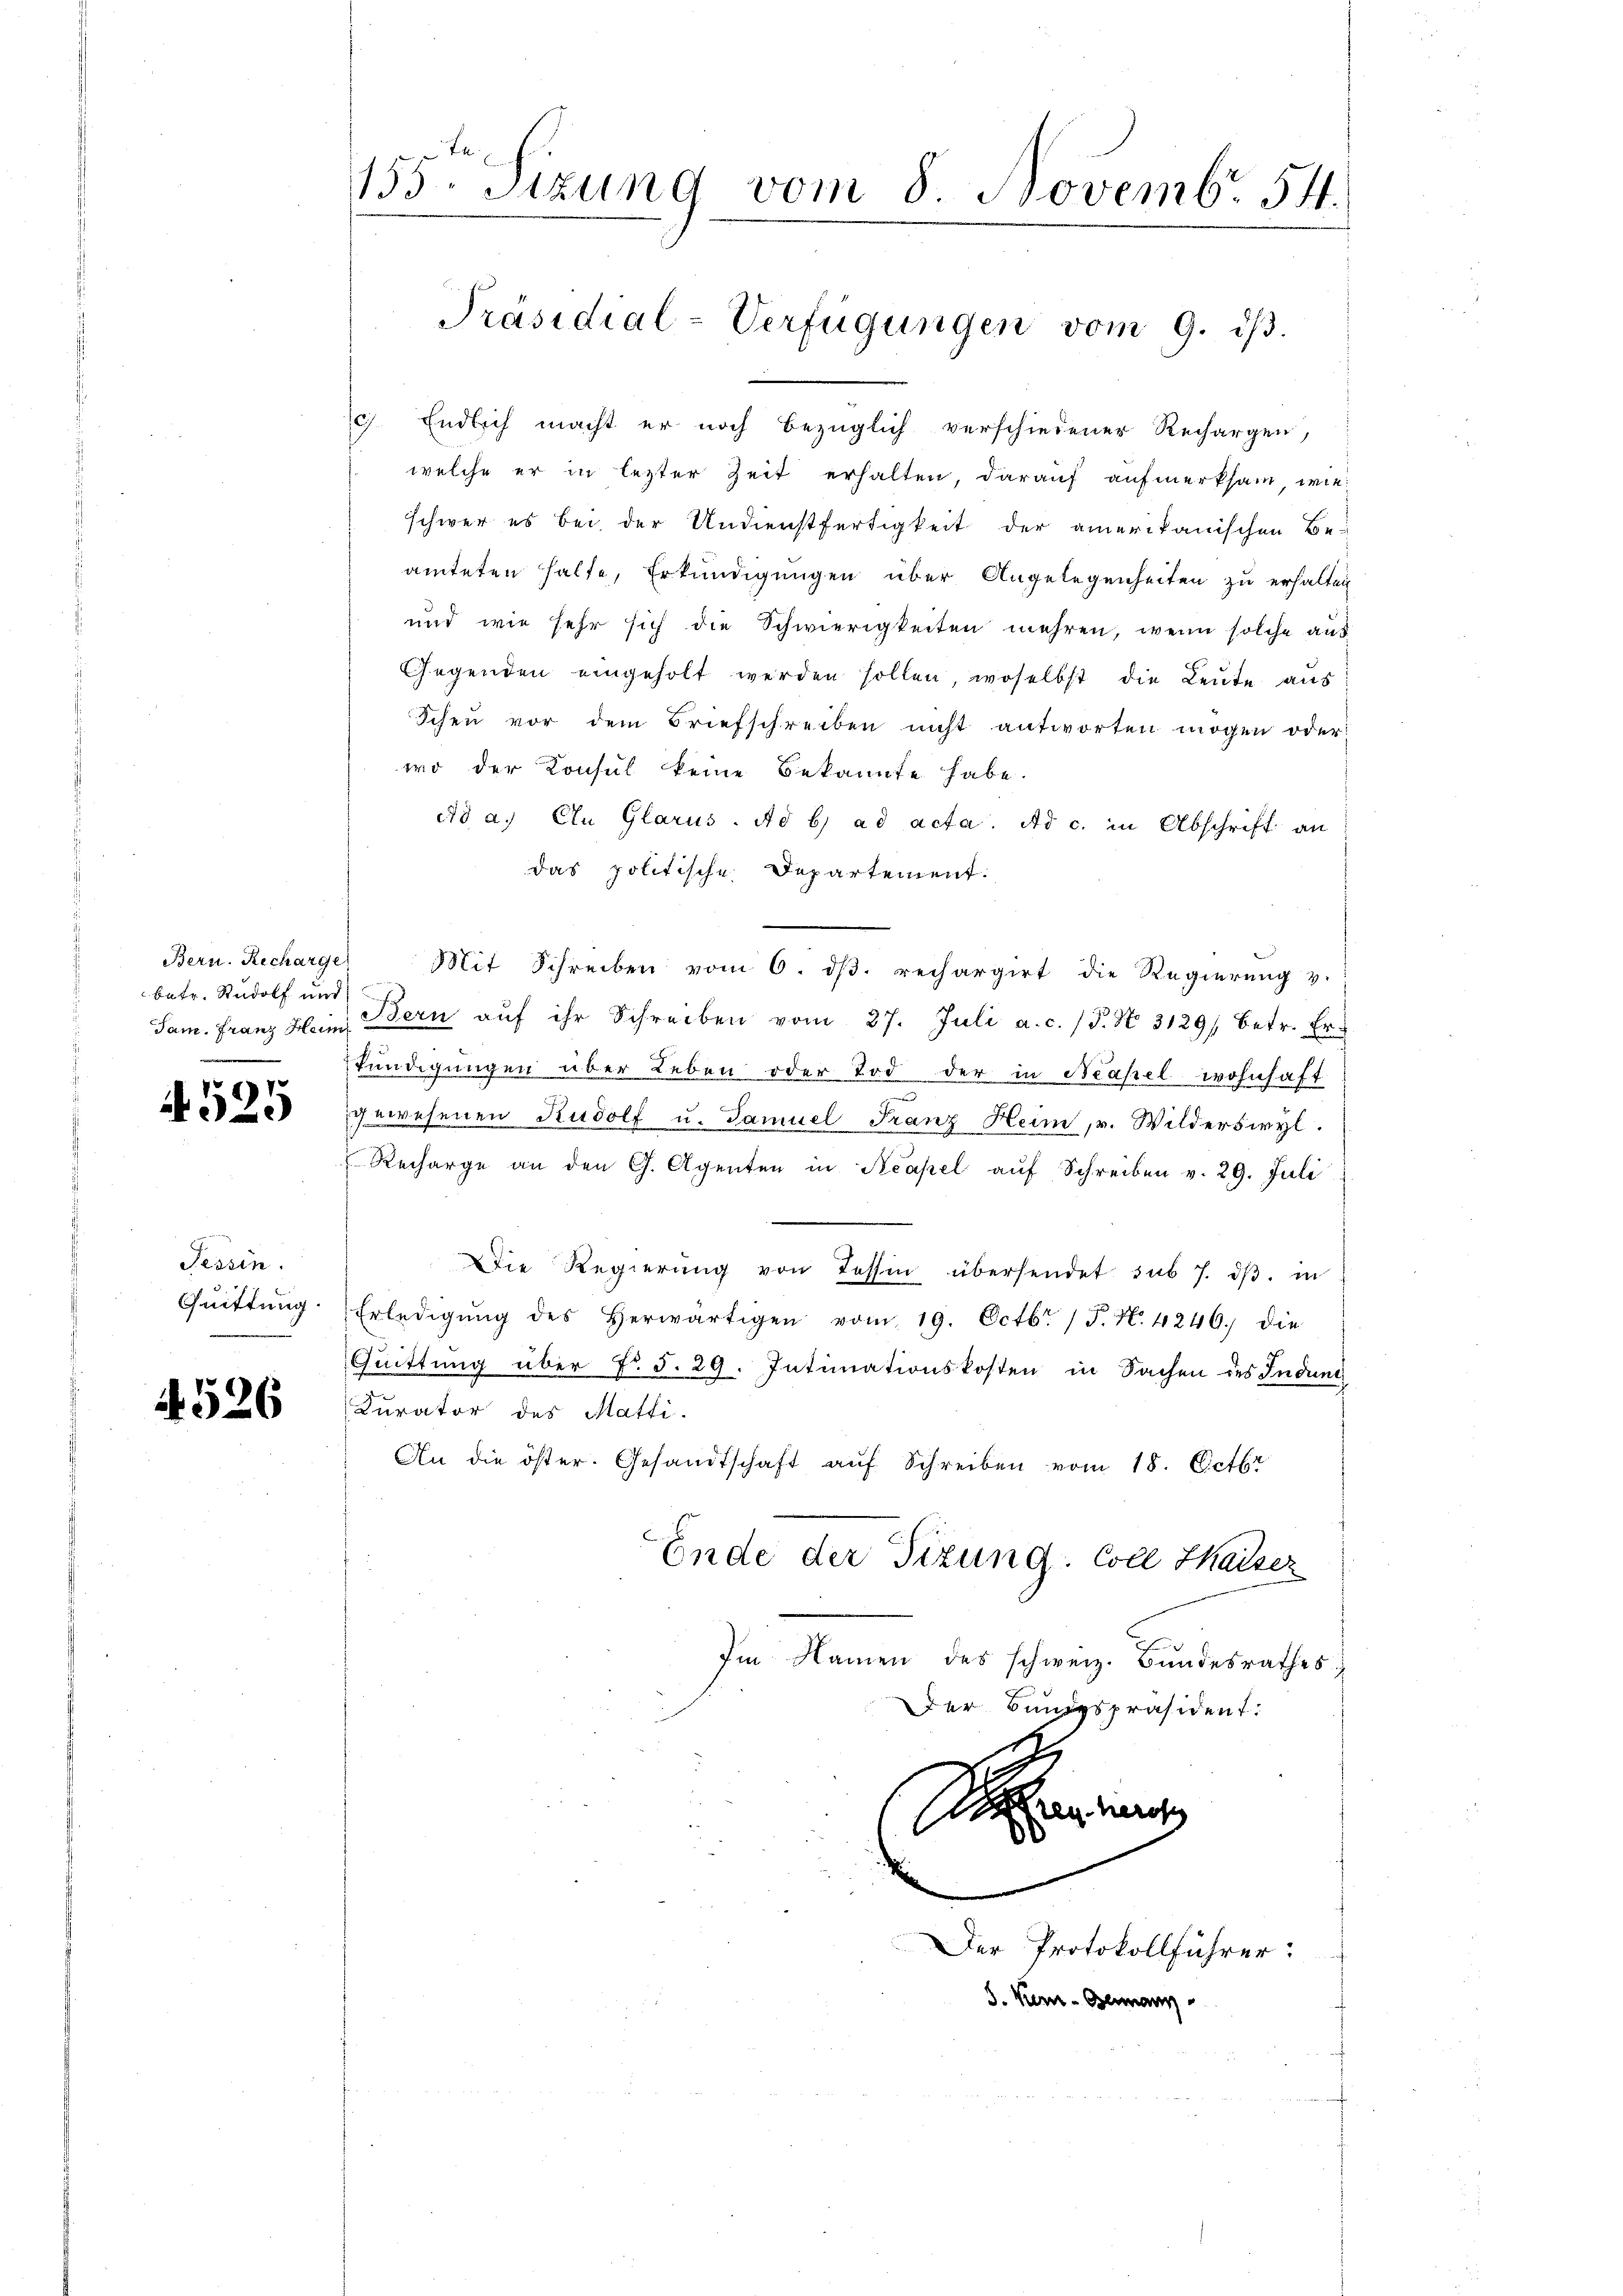
Bern. Recharge
betr. Rudolf und

1
.2)

Tessin.
Quittung.
e

4526

155. Sizung vom 8. Novemb. 54.
Präsidial-Verfügungen vom 9. dβ.

c) Endlich macht er noch bezüglich verschiedener Rechargen,
welche er in lezter Zeit erhalten, darauf aufmerksam, wie
schwer es bei der Undienstfertigkeit der amerikanischen Beamteten halte, Erkundigungen über Angelegenheiten zu erhalten
und wie sehr sich die Schwierigkeiten mehren, wenn solche aus
Gegenden eingeholt werden sollen, woselbst die Leute aus
Scheu vor dem Briefschreiben nicht antworten mögen oder
wo der Konsul keine Bekannte habe.
ad a. Ein Glarus. Ad b) ad acta. Ad c. in Abschrift an
das politische Departement.
Mit Schreiben vom 6. dβ. rechargirt die Regierŭng v.
Sam. Franz Heim Bern aŭf ihr Schreiben vom 27. Juli a. c. (T. N. 3129/ betr. Er
kundigungen über Leben oder Tod der in Neapel wohnhaft
gewesenen Rudolf u. Samuel Franz Heim, v. Wilderswyl.
Recharge an den G. Agenten in Reapel auf Schreiben v. 29. Juli
Die Regierŭng von Tessin übersendet sub 7. dβ. in
Erledigŭng des herwärtigen vom 19. Octbr. /F. N. 4246.) die
Quittung über Fr. §. 29. Intimationskosten in Sachen des Indung
Curator des Matti.
An die öster. Gesandtschaft aŭf Schreiben vom 18. Octbr
Ende der Tizung. Coll Kaiser
Im Namen des schweiz. Bundesrathes
Der Bungspräsident:
r

m
Der Protokollführer:
S. Kennt-Germann